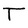
Character: T